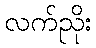
လက်ညိုး